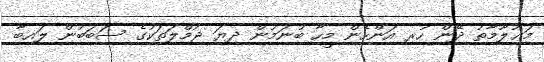
މަޢުލޫމާތު ދޭން ހުރި އަންހެން މީހާ ބުނަމުން ދިޔަ ޖުމްލަތަކުގެ ސަބަބުން ލައިބާ